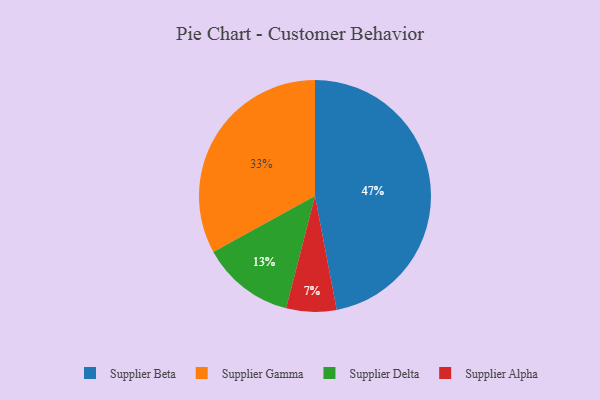
{"axis": {"x": "Category", "y": "Percentage"}, "legend": ["Supplier Alpha", "Supplier Beta", "Supplier Delta", "Supplier Gamma"], "data": [{"x": "Supplier Gamma", "y": 33, "type": "Supplier Gamma"}, {"x": "Supplier Delta", "y": 13, "type": "Supplier Delta"}, {"x": "Supplier Beta", "y": 47, "type": "Supplier Beta"}, {"x": "Supplier Alpha", "y": 7, "type": "Supplier Alpha"}]}